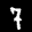
Label: 7